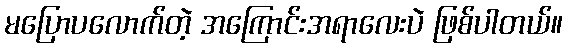
မပြောပလောက်တဲ့ အကြောင်းအရာလေးပဲ ဖြစ်ပါတယ်။